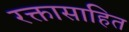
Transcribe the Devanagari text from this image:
रक्तासाहित